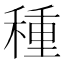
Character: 種